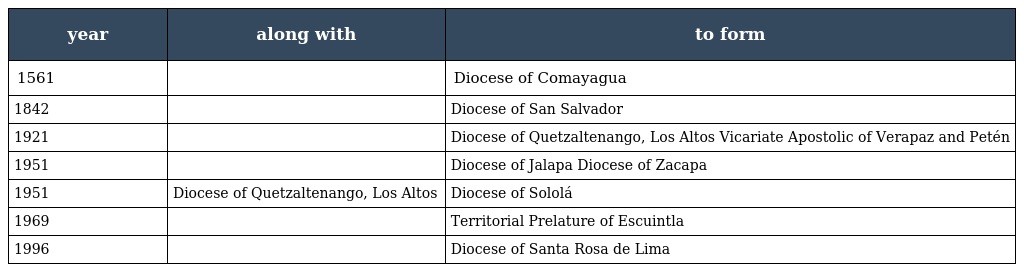
| year | along with | to form |
 | --- | --- | --- |
 | 1561 |  | Diocese of Comayagua |
 | 1842 |  | Diocese of San Salvador |
 | 1921 |  | Diocese of Quetzaltenango, Los Altos Vicariate Apostolic of Verapaz and Petén |
 | 1951 |  | Diocese of Jalapa Diocese of Zacapa |
 | 1951 | Diocese of Quetzaltenango, Los Altos | Diocese of Sololá |
 | 1969 |  | Territorial Prelature of Escuintla |
 | 1996 |  | Diocese of Santa Rosa de Lima |